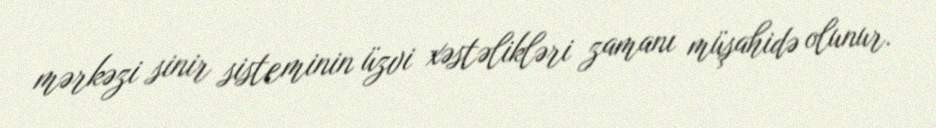
mərkəzi sinir sisteminin üzvi xəstəlikləri zamanı müşahidə olunur.